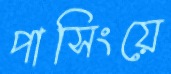
পাসিংয়ে